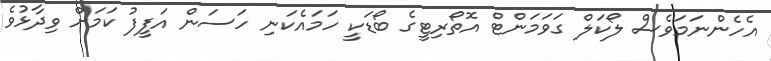
އެހެންނަމަވެސް ލޯކަލް ގަވަމަންޓް އޮތޯރިޓީގެ ބޯޑަކީ ހަމައެކަނި ހަސަން އަފީފު ކަމަށް ވިދާޅުވެ